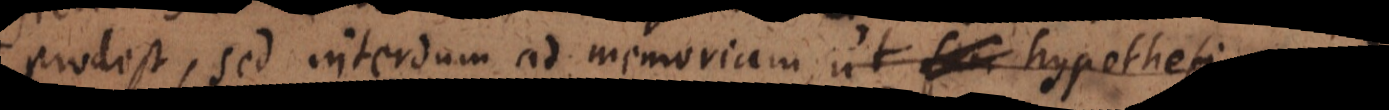
prodest, sed interdum ad memoriam, quemadmodum et